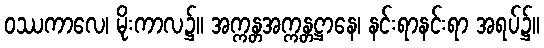
ဝဿကာလေ၊ မိုးကာလ၌။ အက္ကန္တအက္ကန္တဋ္ဌာနေ၊ နင်းရာနင်းရာ အရပ်၌။